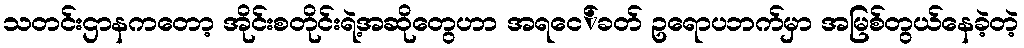
သတင်းဌာနကတော့ အိုင်းစတိုင်းရဲ့အဆိုတွေဟာ အရငေ်ခတ် ဥရောပဘက်မှာ အမြစ်တွယ်နေခဲ့တဲ့